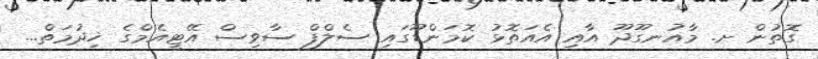
ގޮތުން ށ. މާއުނގޫދޫ އާއި އެއަތޮޅު ކޮމަންޑޫގައި ސެލްފް ސާވިސް އޭޓީއެމްގެ ޚިދުމަތް...